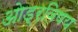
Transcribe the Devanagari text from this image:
ओड्रविषय